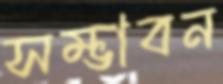
সম্ভাবন